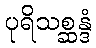
ပုရိသစ္ဆန္ဒံ